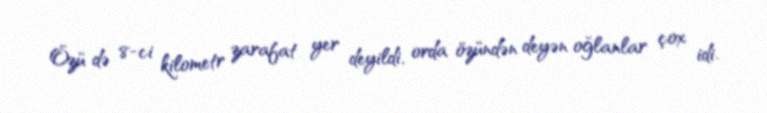
Özü də 8-ci kilometr zarafat yer deyildi, orda özündən deyən oğlanlar çox idi.